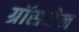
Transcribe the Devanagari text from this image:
ग्रॉसमेन